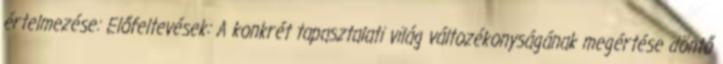
értelmezése: Előfeltevések: A konkrét tapasztalati világ változékonyságának megértése döntő